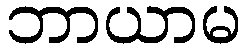
ဘာယာမ